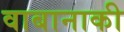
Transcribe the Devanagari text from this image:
वाबानाकी